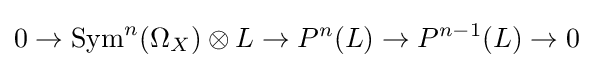
0\to \mathrm {Sym} ^{n}(\Omega _{X})\otimes L\to P^{n}(L)\to P^{n-1}(L)\to 0